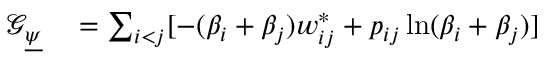
\begin{array} { r l } { \mathcal { G } _ { \underline { { \psi } } } } & { { } = \sum _ { i < j } [ - ( \beta _ { i } + \beta _ { j } ) w _ { i j } ^ { * } + p _ { i j } \ln ( \beta _ { i } + \beta _ { j } ) ] } \end{array}